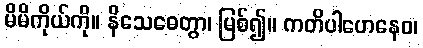
မိမိကိုယ်ကို။ နိသေဓေတွာ၊ မြစ်၍။ ကတိပါဟေနေဝ၊